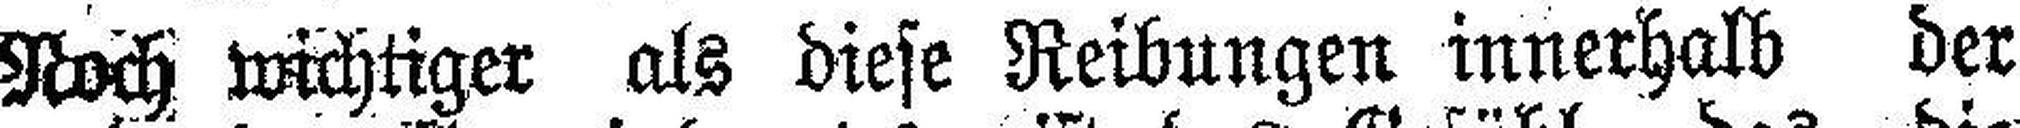
Noch wichtiger als diese Reibungen innerhalb der